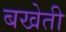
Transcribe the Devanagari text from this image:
बखेती